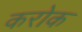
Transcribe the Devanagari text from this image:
करोक